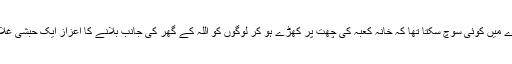
عصبیت سے بھرے معاشرے میں کوئی سوچ سکتا تھا کہ خانۂ کعبہ کی چھت پر کھڑے ہو کر لوگوں کو اللہ کے گھر کی جانب بلانے کا اعزاز ایک حبشی غلام سیدنا بلالؓ کو حاصل ہوگا۔